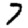
Digit: 7